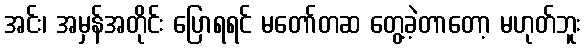
အင်း၊ အမှန်အတိုင်း ပြောရရင် မတော်တဆ တွေ့ခဲ့တာတော့ မဟုတ်ဘူး